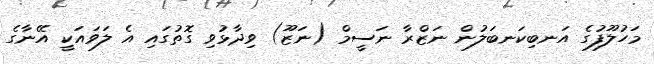
މަހުލޫފުގެ އަނބިކަނބަލުން ނަޒްރާ ނަސީމް (ނަޒޫ) ވިދާޅުވި ގޮތުގައި އެ ލަވައަކީ އޭނާގެ